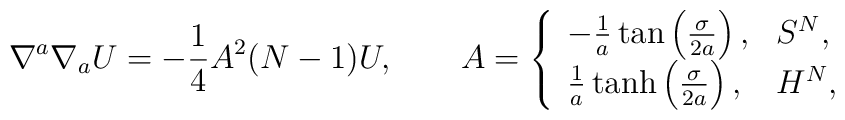
\nabla^a \nabla_a U =-\frac{1}{4} A^2(N-1)U, \qquad A = \left\{\begin{array}{ll} - \frac{1}{a} \tan \left( \frac{\sigma}{2a}\right), & S^N, \\\frac{1}{a} \tanh \left( \frac{\sigma}{2a}\right), & H^N, \end{array} \right.